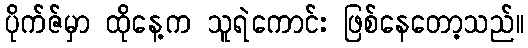
ပိုက်ဇ်မှာ ထိုနေ့က သူရဲကောင်း ဖြစ်နေတော့သည်။